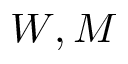
W , M